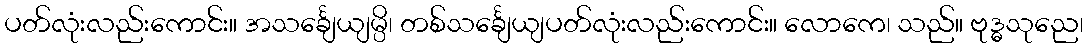
ပတ်လုံးလည်းကောင်း။ အသင်္ချေယျမ္ပိ၊ တစ်သင်္ချေယျပတ်လုံးလည်းကောင်း။ လောကေ၊ သည်။ ဗုဒ္ဓသုညေ၊